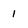
Character: 1